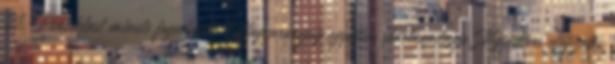
21. Pénteklast minute fogadások Magyarország egyetlen sportnapilapja. Negyedéves előfizetés.